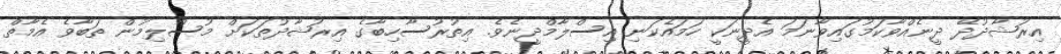
އިރުޝާދުދޭ ދީނެއްވާކަމުގައިވާނަމަ އެދީނަކީ ހަމައެކަނި އިސްލާމްދީނެވެ. އިތުރުސާހިބާގެ އިރުޝާދުތަކަށް މުސްލިމުން ތަބާވެ އެމާތް